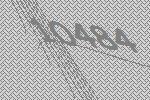
10484